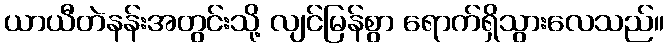
ယာယီတဲနန်းအတွင်းသို့ လျင်မြန်စွာ ရောက်ရှိသွားလေသည်။